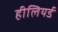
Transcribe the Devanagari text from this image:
हीलियर्ड